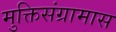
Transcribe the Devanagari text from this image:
मुक्तिसंग्रामास